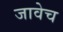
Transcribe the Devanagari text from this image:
जावेच